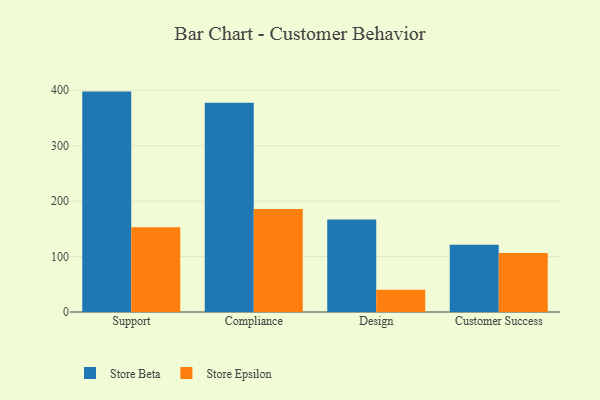
{"axis": {"x": "Department", "y": "Conversion Rate (%)"}, "legend": ["Store Beta", "Store Epsilon"], "data": [{"x": "Support", "y": 397.6, "type": "Store Beta"}, {"x": "Support", "y": 152.8, "type": "Store Epsilon"}, {"x": "Compliance", "y": 377.3, "type": "Store Beta"}, {"x": "Compliance", "y": 186.0, "type": "Store Epsilon"}, {"x": "Design", "y": 166.9, "type": "Store Beta"}, {"x": "Design", "y": 40.0, "type": "Store Epsilon"}, {"x": "Customer Success", "y": 121.1, "type": "Store Beta"}, {"x": "Customer Success", "y": 106.3, "type": "Store Epsilon"}]}